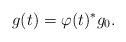
\begin{align*}g(t)=\varphi(t)^*g_0.\end{align*}